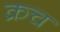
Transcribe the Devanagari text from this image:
क्रच